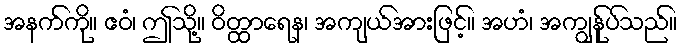
အနက်ကို။ ဧဝံ၊ ဤသို့။ ဝိတ္ထာရေန၊ အကျယ်အားဖြင့်။ အဟံ၊ အကျွန်ုပ်သည်။